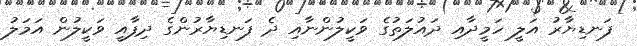
ފަނޑިޔާރު އަލީ ހަމީދާއި ދައުލަތުގެ ވަކީލުންނާއި ދެ ފަނޑިޔާރުންގެ ދިފާއީ ވަކީލުން އަމަލު